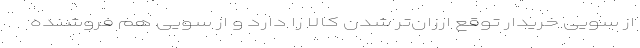
از سویی خریدار توقع ارزان‌تر شدن کالا را دارد و از سویی هم فروشنده